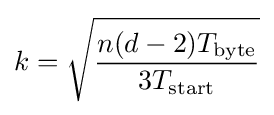
k={\sqrt {\frac {n(d-2)T_{\text{byte}}}{3T_{\text{start}}}}}